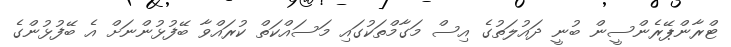
ޓްރާންޕޭރެންސީން ބުނީ ދައުލަތުގެ އިސް މަގާމްތަކުގައި މަސައްކަތް ކުރައްވާ ބޭފުޅުންނަށް އެ ބޭފުޅުންގެ